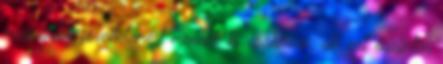
magasabb jövedelemért mennek ki, csak van, aki ezt őszintén